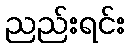
ညည်းရင်း